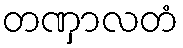
တဏှာလတံ